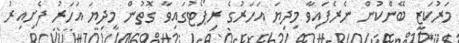
މަރުކަޒީ ބޭންކުން ނެރެފައިވާ މިދިޔަ އަހަރުގެ ރިޕޯޓުގައިވާ ގޮތުން މިދިޔަ އަހަރު ފެށިިއިރު